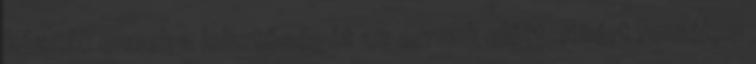
húzzák ennek a lehetőségét az orrunk előtt. Azért remélem